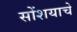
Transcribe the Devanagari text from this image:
सोंशयाचे